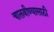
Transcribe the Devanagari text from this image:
चालवीण्यासाठी